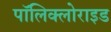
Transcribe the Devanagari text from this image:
पॉलिक्लोराइड